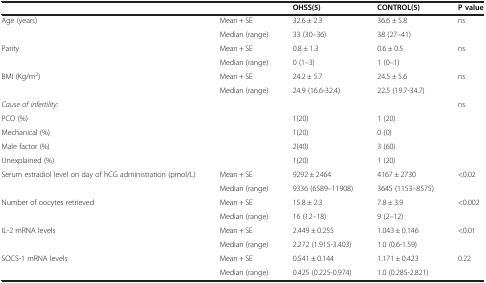
|  |  | OHSS(5) | CONTROL(5) | P value |
 | --- | --- | --- | --- | --- |
 | <ROWSPAN=2> Age (years) | Mean + SE | 32.6 ± 2.3 | 36.6 ± 5.8 | <ROWSPAN=2> ns |
 | Median (range) | 33 (30–36) | 38 (27–41) |
 | <ROWSPAN=2> Parity | Mean + SE | 0.8 ± 1.3 | 0.6 ± 0.5 | <ROWSPAN=2> ns |
 | Median (range) | 0 (1–3) | 1 (0–1) |
 | <ROWSPAN=2> BMI (Kg/m2) | Mean + SE | 24.2 ± 5.7 | 24.5 ± 5.6 | <ROWSPAN=2> ns |
 | Median (range) | 24.9 (16.6-32.4) | 22.5 (19.7-34.7) |
 | Cause of infertility: |  |  |  | <ROWSPAN=5> ns |
 | PCO (%) |  | 1(20) | 1 (20) |
 | Mechanical (%) |  | 1(20) | 0 (0) |
 | Male factor (%) |  | 2(40) | 3 (60) |
 | Unexplained (%) |  | 1(20) | 1 (20) |
 | <ROWSPAN=2> Serum estradiol level on day of hCG administration (pmol/L) | Mean + SE | 9292 ± 2464 | 4167 ± 2730 | <ROWSPAN=2> <0.02 |
 | Median (range) | 9336 (6589–11908) | 3645 (1153–8575) |
 | <ROWSPAN=2> Number of oocytes retrieved | Mean + SE | 15.8 ± 2.3 | 7.8 ± 3.9 | <ROWSPAN=2> <0.002 |
 | Median (range) | 16 (12–18) | 9 (2–12) |
 | <ROWSPAN=2> IL-2 mRNA levels | Mean + SE | 2.449 ± 0.255 | 1.043 ± 0.146 | <ROWSPAN=2> <0.01 |
 | Median (range) | 2.272 (1.915-3.403) | 1.0 (0.6-1.59) |
 | <ROWSPAN=2> SOCS-1 mRNA levels | Mean + SE | 0.541 ± 0.144 | 1.171 ± 0.423 | <ROWSPAN=2> 0.22 |
 | Median (range) | 0.425 (0.225-0.974) | 1.0 (0.285-2.821) |